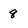
Character: 8